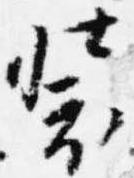
装